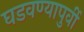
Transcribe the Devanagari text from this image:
घडवण्यापुर्वी